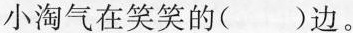
小淘气笑笑小淘气在笑笑的()边。